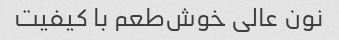
نون عالی خوش‌طعم با کیفیت